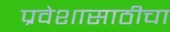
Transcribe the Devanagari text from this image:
प्रवेशासाठीचा